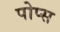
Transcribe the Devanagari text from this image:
पोप्स